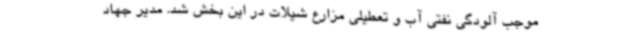
موجب آلودگی نفتی آب و تعطیلی مزارع شیلات در این بخش شد. مدیر جهاد